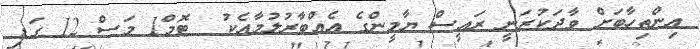
އިންތިހާބަށް ވާދަކުރަނީ ރައީސް ޔާމީންގެ އެއްބާރުލުމާއެކު  ޓޮމް1 މަސް 12 ގަޑި